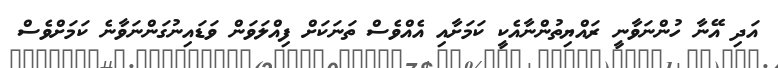
އަދި އޭނާ ހުންނަވާނީ ރައްޔިތުންނާއެކީ ކަމަށާއި އެއްވެސް ތަނަކަށް ފިއްލަވަން ވަޑައިނުގަންނަވާނެ ކަމަށްވެސް